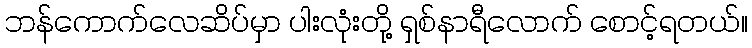
ဘန်ကောက်လေဆိပ်မှာ ပါးလုံးတို့ ရှစ်နာရီလောက် စောင့်ရတယ်။